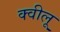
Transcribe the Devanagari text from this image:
क्वीलू